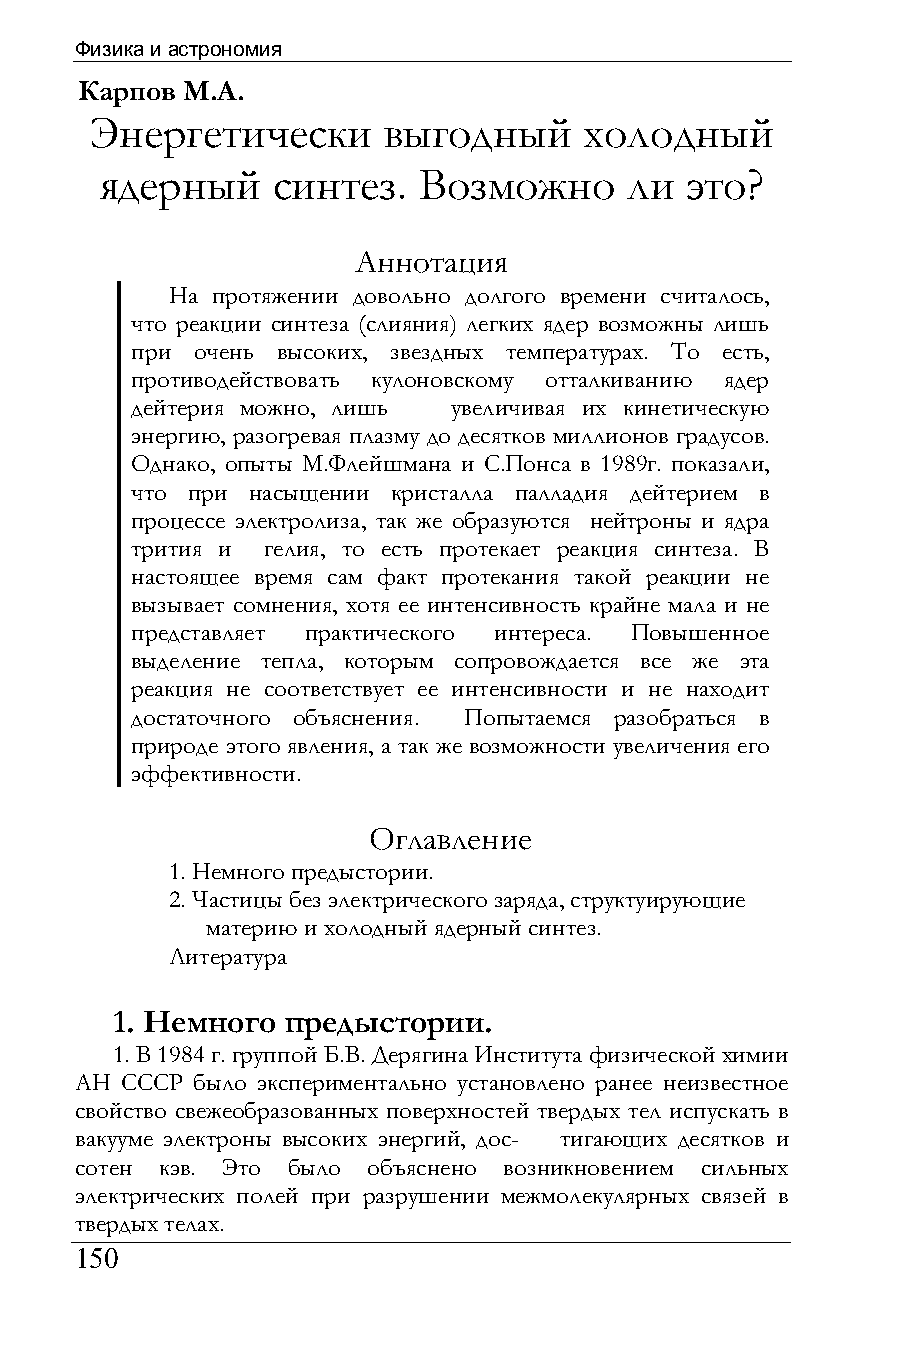
Физика и астрономия
 Карпов М.А.
 Энергетически      выгодный      холодный
 ядерный    синтез.   Возможно     ли  это?
 Аннотация
 На протяжении довольно долгого времени считалось,
 что реакции синтеза (слияния) легких ядер возможны лишь
 при очень высоких, звездных температурах. То есть,
 противодействовать кулоновскому отталкиванию ядер
 дейтерия можно, лишь увеличивая их кинетическую
 энергию, разогревая плазму до десятков миллионов градусов.
 Однако, опыты М.Флейшмана и С.Понса в 1989г. показали,
 что при насыщении кристалла палладия дейтерием в
 процессе электролиза, так же образуются нейтроны и ядра
 трития и гелия, то есть протекает реакция синтеза. В
 настоящее время сам факт протекания такой реакции не
 вызывает сомнения, хотя ее интенсивность крайне мала и не
 представляет практического интереса. Повышенное
 выделение тепла, которым сопровождается все же эта
 реакция не соответствует ее интенсивности и не находит
 достаточного объяснения. Попытаемся разобраться в
 природе этого явления, а так же возможности увеличения его
 эффективности.
 Оглавление
 1. Немного предыстории.
 2. Частицы без электрического заряда, структуирующие
 материю и холодный ядерный синтез.
 Литература
 1. Немного  предыстории.
 1. В 1984 г. группой Б.В. Дерягина Института физической химии
 АН СССР было экспериментально установлено ранее неизвестное
 свойство свежеобразованных поверхностей твердых тел испускать в
 вакууме электроны высоких энергий, дос- тигающих десятков и
 сотен кэв. Это было объяснено возникновением сильных
 электрических полей при разрушении межмолекулярных связей в
 твердых телах.
 150